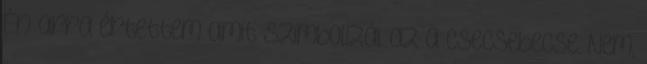
Én arra értettem amit szimbolizál az a csecsebecse. Nem,